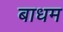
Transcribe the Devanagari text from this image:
बाधम